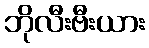
ဘိုလီးဗီးယား